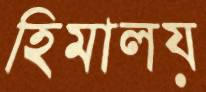
হিমালয়